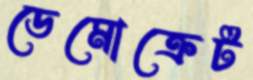
ডেমোক্রেট